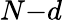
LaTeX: N{-}d